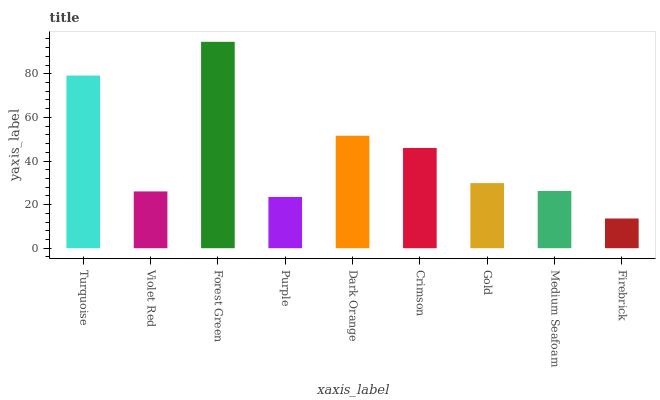
| xaxis_label | bars |
 | --- | --- |
 | Turquoise | 79.2 |
 | Violet Red | 26.1 |
 | Forest Green | 94.7 |
 | Purple | 23.5 |
 | Dark Orange | 51.6 |
 | Crimson | 46 |
 | Gold | 29.9 |
 | Medium Seafoam | 26.3 |
 | Firebrick | 13.6 |